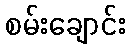
စမ်းချောင်း